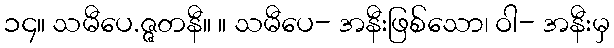
၁၄။ သမီပေ.ဇ္ဇတနီ။ ။ သမီပေ- အနီးဖြစ်သော၊ ဝါ- အနီးမှ